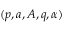
( p , a , A , q , \alpha )